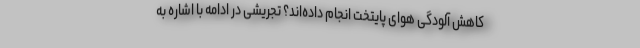
کاهش آلودگی هوای پایتخت انجام داده‌اند؟ تجریشی در ادامه با اشاره به